Annual statistical returns and brief notes on vaccination in Bengal - 1887-1898
Year: 1887
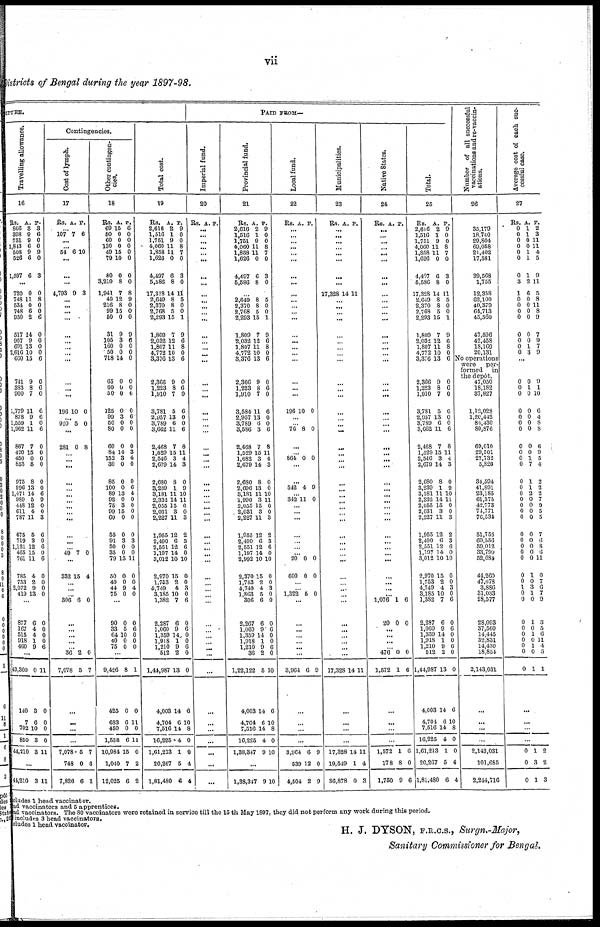
vii
Districts of Bengal during the year 1897-98.
ITURE.
Travelling allowance.
15
Rs.
866
398
731
1,843
508
526
1,597
A.
3
9
9
6
9
6
6
P.
3
6
0
0
9
0
3
...
720
748
531
748
950
517
907
691
2,616
660
741
383
900
1,779
878
1,559
1,962
867
420
450
853
975
996
1,471
989
448
611
787
675
719
1,121
465
761
785
753
2,072
419
0
11
0
6
2
14
9
13
10
15
9
8
7
11
9
1
11
7
15
0
5
8
13
14
5
12
4
11
5
3
12
15
11
4
2
9
13
0
8
0
0
6
0
0
0
0
6
0
6
0
6
6
0
6
0
0
0
0
0
0
6
9
0
0
3
6
0
6
0
6
0
0
0
0
...
877
167
515
918
460
6
4
4
1
9
0
0
0
0
6
...
43,360
140
7
702
850
44,210
0
3
6
10
3
3
11
0
0
0
0
11
...
44,210 3 11
Contingencies.
Cost of lymph.
17
As. A. P.
... 107 7 6
...
... 54 6 10
...
...
...
4,793 9 3
...
...
... ...
...
...
...
... ...
...
... ...
196 10 0
... 920 5 0
...
281 0 8
...
... ...
...
...
...
... ...
... ...
...
... ...
49 7 0
...
332 15 4
...
...
... 306 6 0
...
... ...
...
... 36
7,078
2
5
0
7
...
...
...
...
7,078
748
7,826
5
0
6
7
6
1
Other contingen-
cies.
18
Rs.
69
50
60
130
49
79
80
3,210
1,941
40
216
99
50
31
105
160
50
718
65
60
50
125
99
50
80
60
84
152
30
85
100
89
92
75
99
60
55
91
50
35
79
50
40
44
75
A.
15
0
0
0
15
10
0
8
7
12
8
15
0
9
3
0
0
14
0
0
0
0
3
0
0
0
14
3
0
0
0
13
0
3
15
0
0
3
0
0
15
0
0
9
0
P.
6
0
0
0
0
0
0
0
8
9
0
0
0
9
6
0
0
0
0
0
0
0
6
0
0
0
3
4
0
0
6
4
0
0
0
0
0
3
0
0
11
0
0
4
0
...
90
33
64
40
75
0
5
10
0
0
0
6
0
0
0
...
9,426
425
683
450
1,558
10,984
1,040
12,025
8
0
6
0
6
15
7
6
1
0
11
0
11
0
2
2
Total cost.
19
Rs.
2,616
1,516
1,751
4,060
1,858
1,626
4,497
5,586
17,328
2,649
2,370
2,768
2,293
1,809
2,032
1,807
4,772
3,376
2,366
1,223
1,910
3,781
2,957
3,789
3,662
2,468
1,529
2,546
2,679
2,680
3,239
3,181
2,332
2,055
2,031
2,227
1,955
2,490
2,551
1,197
3,012
2,970
1,753
4,749
3,185
1,382
2,287
1,060
1,359
1,918
1,210
512
1,44,987
4,003
4,704
7,516
16,225
1,61,213
20,267
1,81,480
A.
2
1
9
11
11
0
6
8
14
8
8
5
15
7
12
11
10
13
9
8
7
5
13
6
11
7
15
3
14
8
1
11
14
15
3
11
12
6
12
14
10
15
2
4
10
7
6
9
14
1
9
2
13
14
6
14
4
1
5
6
P.
9
0
0
8
7
0
3
0
11
5
0
0
1
9
6
8
0
6
0
6
0
6
0
0
6
8
11
4
3
0
9
10
11
0
0 3
2
3
6
0
10
0
0
3
0
6
0
6
0
0
6
0
0
6
10
8
0
0
4
4
PAID FROM—
Imperial fund.
20
Rs. A. P.
... ...
...
...
... ...
...
...
...
...
...
... ...
...
...
...
... ...
...
... ...
...
...
... ...
...
...
... ...
...
...
... ...
...
...
....
...
...
...
...
...
...
...
...
... ...
...
... ...
... ...
...
...
...
...
...
...
...
...
...
Provincial fund.
21
Rs.
2,616
1,516
1,751
4,060
1,858
1,626
4,497
5,586
A.
2
1
9
11
11
0
6
8
P.
9
0
0
8
7
0
3
0
...
2,649
2,370
2,768
2,293
1,809
2,032
1,807
4,772
3,376
2,366
1,223
1,910
3,584
2,957
3,789
3,586
2,468
1,529
1,682
2,679
2,680
2,696
3,181
1,990
2,055
2,081
2,227
1,955
2,490
2,551
1,197
2,992
2,370
1,753
4,749
1,863
306
2,267
1,060
1,359
1,918
1,210
36
1,22,122
4,003
4,704
7,516
16,225
1,38,347
8
8
5
15
7
12
11
10
13
9
8
7
11
13
6 3
7
15
3
14
8
13
11
3
15
3
11
12
6
12
14
10
15
2
4
5
6
6
9
14
1
9
2
5
14
6
14
4
9
5
0
0
1
9
6
8
0
6
0
6
0
6
0
0
6
8
11
4
3
0
0
10
11
0
0
3
2
3
6
0
10
0
0
3
0
0
0
6 0
0
6
0
10
6
10
8
0
10
...
1,38,347 9 10
Local fund.
22
Rs. A. P.
... ...
...
... ...
...
...
...
...
...
...
... ...
...
...
...
...
...
...
...
...
196 10 0
...
... 76 8 0
...
...
864 0 0
...
...
542 4 9
... 342 11 0
...
... ...
...
...
...
...
20
600
0
0
0
0
...
... 1,322 5 0
...
...
... ...
...
... ...
3,964 6 9
...
...
...
...
3,964
539
4,504
6
12
2
9
0
9
Municipalities.
23
Rs. A. P.
...
...
...
...
... ...
...
...
17,328 14 11
...
... ...
...
...
...
...
... ...
... ...
...
...
...
... ...
...
...
... ...
...
...
...
...
...
... ...
...
...
...
... ...
...
...
...
... ...
...
... ...
...
... ...
17,328 14 11
...
...
...
...
17,328
19,549
36,878
14
1
0
11
4
3
Native States.
24
Rs. A. P.
...
... ...
... ...
...
...
...
...
... ...
... ...
...
...
...
... ...
...
... ...
...
...
...
...
...
...
...
...
...
...
...
...
...
... ...
...
... ...
...
...
...
...
... ...
1,076
20
1
0
6
0
... ...
...
... 476
1,572
0
1
0
6
...
...
...
...
1,572
178
1,750
1
8
9
6
0
6
Total.
25
Rs.
2,616
1,516
1,751
4,060
1,858
1,626
4,407
5,586
17,328
2,649
2,370
2,768
2,293
1,809
2,032
1,807
4,772
3,376
2,366
1,223
1,910
3,781
2,957
3,789
3,662
2,468
1,529
2,546
2,679
2,680
3,239
3,181
2,332
2,055
2,031
2,227
1,955
2,490
2,551
1,197
3,012
2,970
1,753
4,749
3,185
1,382
2,287
1,060
1,359
1,918
1,210
512
1,44,987
4,003
4,704
7,516
16,225
1,61,213
20,267
1,81,480
A.
2
1
9
11
11
0
6
8
14
8
8
5
15
7
12
11
10
13
9
8
7
5
13
6
11
7
15
3
14
8
1
11
14
15
3
11
12
6
12
14
10
15
2
4
10
7
6
9
14
1
9
2
13
14
6
14
4
1
5
6
P.
9
0
0
8
7
0
3
0
11
5
0
0
1
9
6
8
0
6
0
6
0
6
0
0
6
8
11
4
3
0
9
10
11
0
0
3
2
3
6
0
10
0
0
3
0
6
0
6
0
0
6
0
0
6
10
8
0
0
4
4
Number of all successful
vaccinations and re-vaccin-
ations.
26
35,179
18,740
29,804
69,058
21,402
17,581
39,568
1,755
12,358
62,100
40,379
64,713
45,560
47,596
42,458
18,169
20,131
No operations
were
per-
formed
in
the depôt.
47,050
18,182
37,827
1,12,028
1,20,442
84,430
80,876
69,010
29,501
27,732
5,826
34,594
41,891
23,185
61,375
42,773
74,771
76,534
51,755
69,556
59,012
33,799
52,684
44,260
47,678
3,886
31,033
28,577
28,093
37,560
14,445
32,831
14,430
18,854
2,143,031
...
...
...
...
2,143,031
101,685
2,244,716
Average cost of each suc-
cessful case.
27
Rs.
0
0
0
0
0
0
0
3
1
0
0
0
0
0
0
0
0
A.
1
1
0
0
1
1
1
2
6
0
0
0
0
0
0
1
3
P.
2
3
11
11
4
5
9
11
5
8
11
8
9
7
9
7
9
...
0
0
0
0
0
0
0
0
0
0
0
0
0
0
0
0
0
0
0
0
0
0
0
0
0
1
0
0
0
0
0
0
0
0
0
0
1
0
0
0
0
0
0
0
1
7
1
1
2
0
0
0
0
0
0
0
0
0
1
0
3
1
0
1
0
1
0
1
0
1
9
1
10
6
4
8
8
6
9
5
4
2
2
2
7
9
5
5
7
6
8
6
11
0
7
6
7
9
3
5
6
11
4
5
1
...
...
...
...
0
0
0
1
3
1
2
2
3
includes 1 head vaccinator.
ad vaccinators and 5 apprentices.
ad vaccinators. The 80 vaccinators were retained in service till the 15 th May 1897, they did not perform any work during this period.
includes 3 head vaccinators.
includes 1 head vaccinator.
H. J. DYSON, F.R.C.S., Surgn.-Major,
Sanitary Commissioner for Bengal.